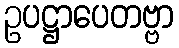
ဥပဋ္ဌာပေတဗ္ဗာ